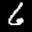
Label: 6